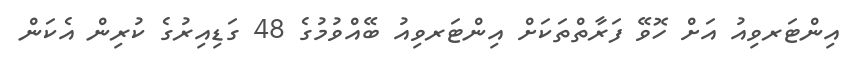
އިންޓަރވިއު އަށް ހޮވޭ ފަރާތްތަކަށް އިންޓަރވިއު ބޭއްވުމުގެ 48 ގަޑިއިރުގެ ކުރިން އެކަން